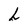
Character: h